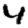
Digit: 4